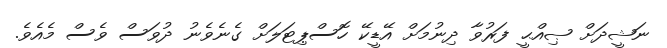
ނަޝީދަށް ޞިއްޙީ ފަރުވާ ދިނުމަށް އޭޑީކޭ ހޮސްޕިޓަލަށް ގެނެވެނު ދުވަސް ވެސް މެއެވެ.